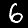
Label: 6